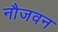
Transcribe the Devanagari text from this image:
नौजवन